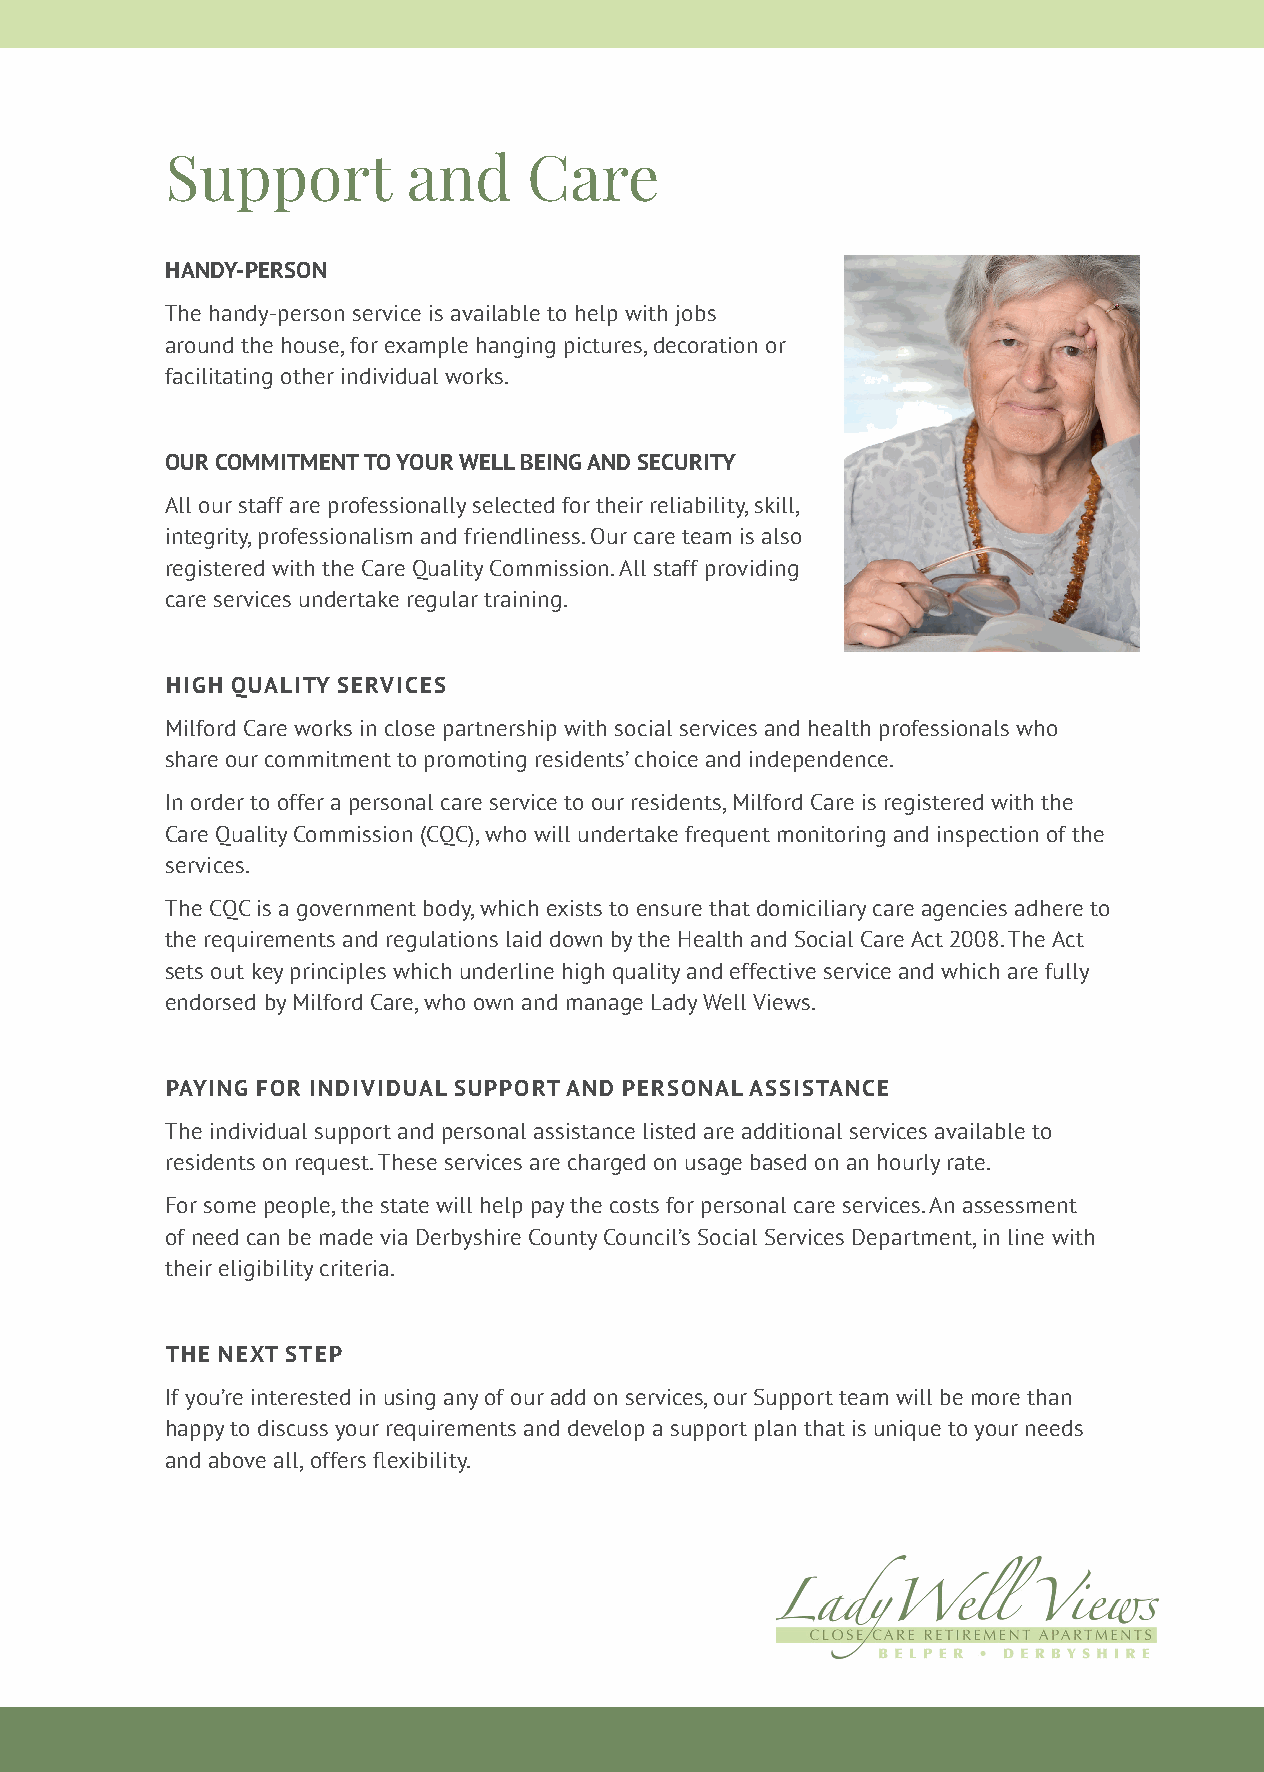
Support         and     Care
 HANDY-PERSON
 The handy-person service is available to help with jobs
 around the house, for example hanging pictures, decoration or
 facilitating other individual works.
 OUR COMMITMENT TO YOUR WELL BEING AND SECURITY
 All our staff are professionally selected for their reliability, skill,
 integrity, professionalism and friendliness. Our care team is also
 registered with the Care Quality Commission. All staff providing
 care services undertake regular training.
 HIGH QUALITY SERVICES
 Milford Care works in close partnership with social services and health professionals who
 share our commitment to promoting residents’ choice and independence.
 In order to offer a personal care service to our residents, Milford Care is registered with the
 Care Quality Commission (CQC), who will undertake frequent monitoring and inspection of the
 services.
 The CQC is a government body, which exists to ensure that domiciliary care agencies adhere to
 the requirements and regulations laid down by the Health and Social Care Act 2008. The Act
 sets out key principles which underline high quality and effective service and which are fully
 endorsed by Milford Care, who own and manage Lady Well Views.
 PAYING FOR INDIVIDUAL SUPPORT AND PERSONAL ASSISTANCE
 The individual support and personal assistance listed are additional services available to
 residents on request. These services are charged on usage based on an hourly rate.
 For some people, the state will help pay the costs for personal care services. An assessment
 of need can be made via Derbyshire County Council’s Social Services Department, in line with
 their eligibility criteria.
 THE NEXT STEP
 If you’re interested in using any of our add on services, our Support team will be more than
 happy to discuss your requirements and develop a support plan that is unique to your needs
 and above all, offers flexibility.